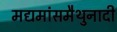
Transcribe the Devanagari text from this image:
मद्यमांसमैथुनादी